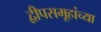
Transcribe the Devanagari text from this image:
द्वीपसमूहांच्या